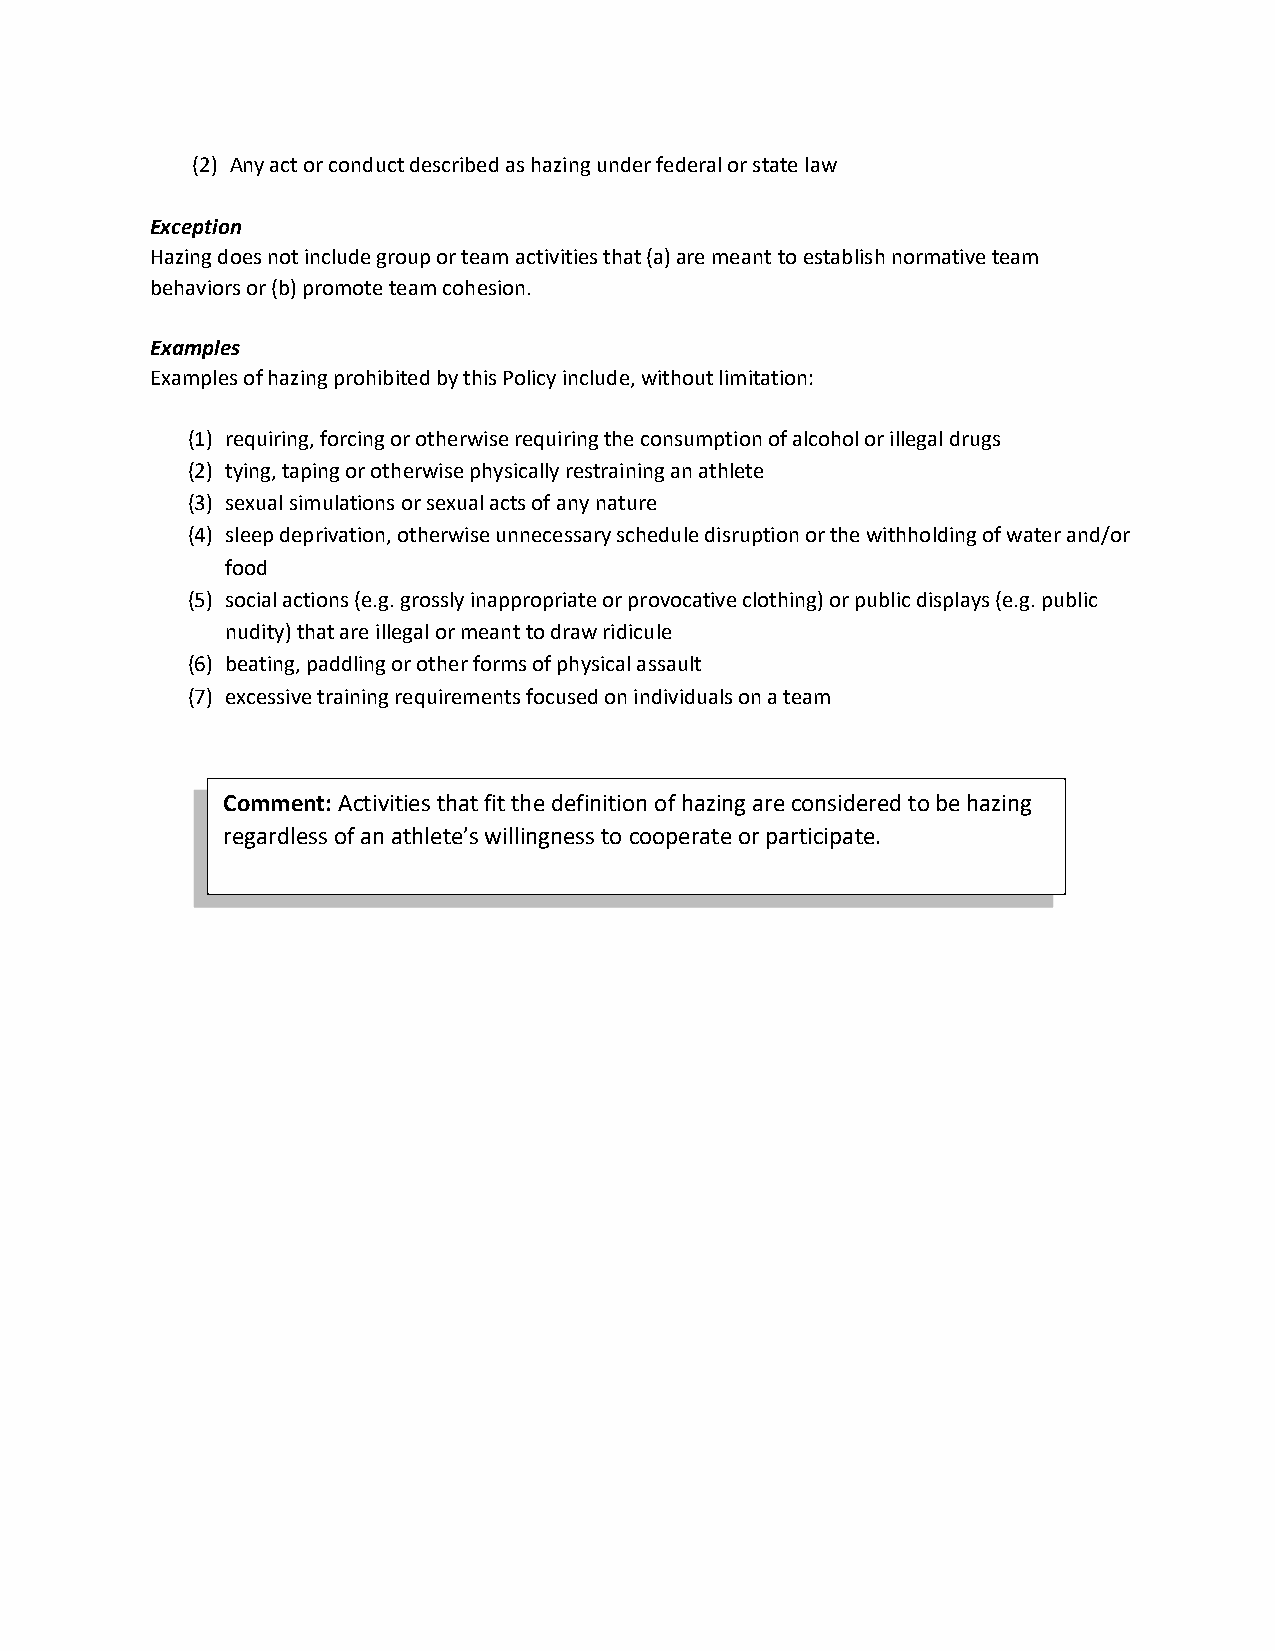
(2) Any act or conduct described as hazing under federal or state law
 Exception
 Hazing does not include group or team activities that (a) are meant to establish normative team
 behaviors or (b) promote team cohesion.
 Examples
 Examples of hazing prohibited by this Policy include, without limitation:
 (1) requiring, forcing or otherwise requiring the consumption of alcohol or illegal drugs
 (2) tying, taping or otherwise physically restraining an athlete
 (3) sexual simulations or sexual acts of any nature
 (4) sleep deprivation, otherwise unnecessary schedule disruption or the withholding of water and/or
 food
 (5) social actions (e.g. grossly inappropriate or provocative clothing) or public displays (e.g. public
 nudity) that are illegal or meant to draw ridicule
 (6) beating, paddling or other forms of physical assault
 (7) excessive training requirements focused on individuals on a team
 Comment: Activities that fit the definition of hazing are considered to be hazing
 regardless of an athlete’s willingness to cooperate or participate.